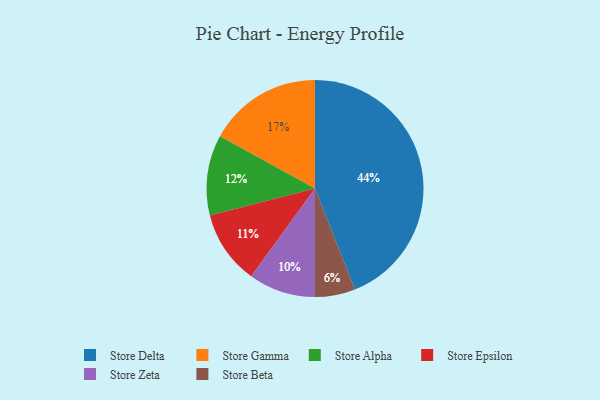
{"axis": {"x": "Category", "y": "Percentage"}, "legend": ["Store Alpha", "Store Beta", "Store Delta", "Store Epsilon", "Store Gamma", "Store Zeta"], "data": [{"x": "Store Alpha", "y": 12, "type": "Store Alpha"}, {"x": "Store Zeta", "y": 10, "type": "Store Zeta"}, {"x": "Store Beta", "y": 6, "type": "Store Beta"}, {"x": "Store Delta", "y": 44, "type": "Store Delta"}, {"x": "Store Epsilon", "y": 11, "type": "Store Epsilon"}, {"x": "Store Gamma", "y": 17, "type": "Store Gamma"}]}